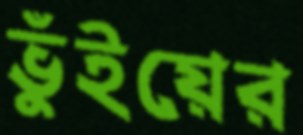
ভুঁইয়ের